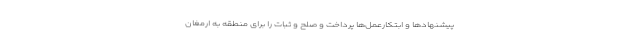
پیشنهادها و ابتکارعمل‌ها پرداخت و صلح و ثبات را برای منطقه به ارمغان